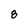
Character: 8